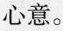
的心意。